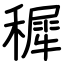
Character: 穉